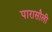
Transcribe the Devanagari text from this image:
पारासौली